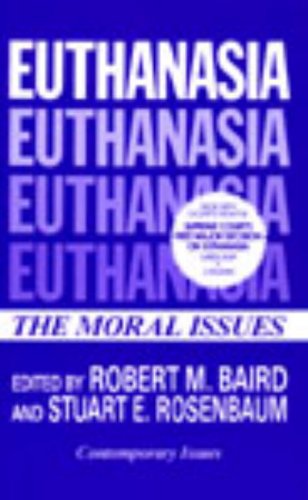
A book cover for Euthanasia (Contemporary Issues in Philosophy); Medical Books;